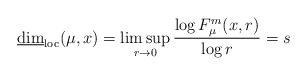
\begin{align*}\underline{\dim}_{\rm loc}(\mu, x)=\limsup_{r\to 0} \frac{\log F_\mu^m(x,r)}{\log r}=s\end{align*}